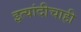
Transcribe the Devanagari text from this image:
इत्यांदीचाही